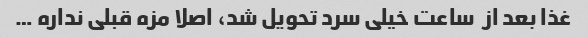
غذا بعد از  ساعت خیلی سرد تحویل شد، اصلا مزه قبلی نداره …